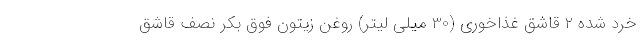
خرد شده 2 قاشق غذاخوری (30 میلی لیتر) روغن زیتون فوق بکر نصف قاشق